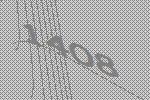
1408